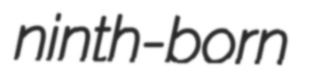
ninth-born